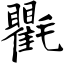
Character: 氍